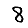
Digit: 8